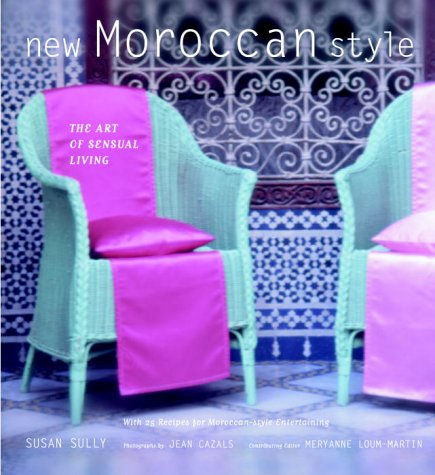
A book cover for New Moroccan Style: The Art of Sensual Living; Susan Sully; Travel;